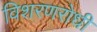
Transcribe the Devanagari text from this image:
विशरणरोधी